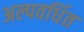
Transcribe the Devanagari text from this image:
अल्पवर्धित